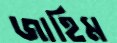
জাহিম